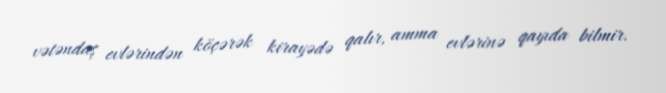
vətəndaş evlərindən köçərək kirayədə qalır, amma evlərinə qayıda bilmir.